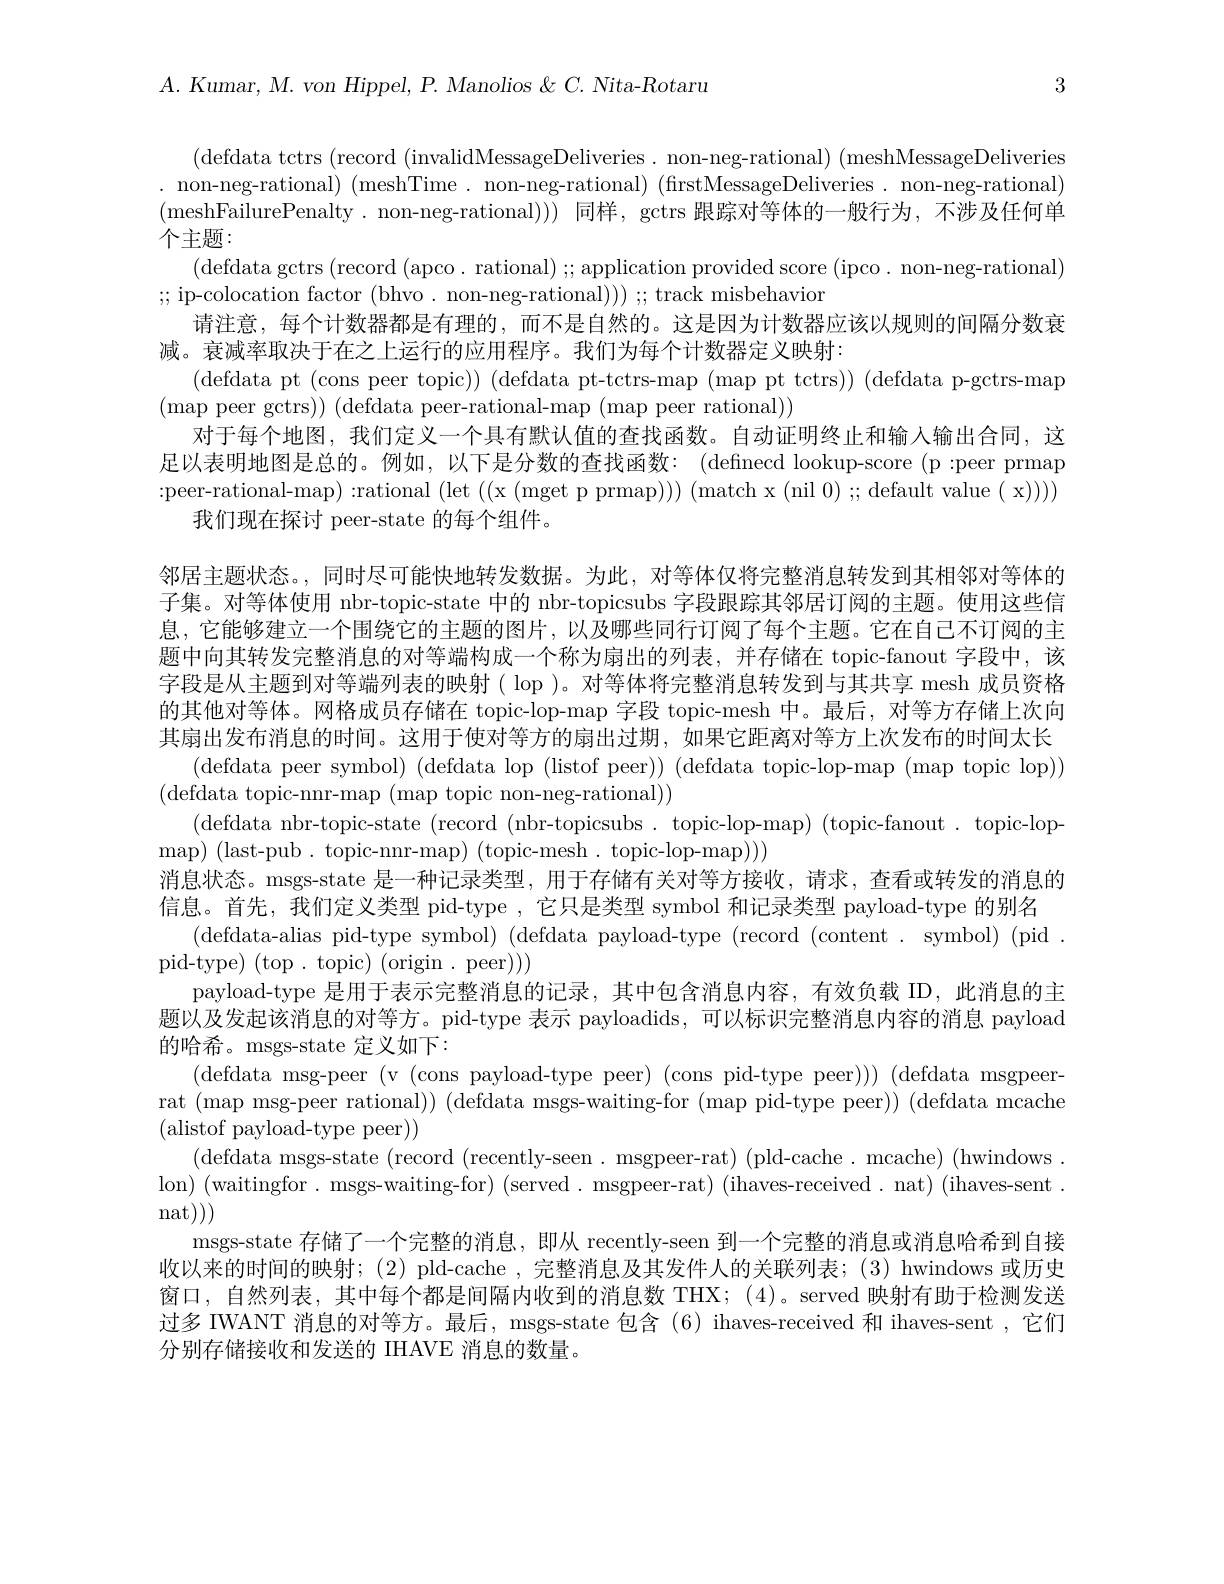
3

$A.$ $Kumar$, $M.$ von $Hippel$, $P.$ Manolios $\&$ $C.$ $Nita- Rotaru$

(defdata tctrs (record (invalidMessageDeliveries. non-neg-rational) (meshMessageDeliveries . non-neg-rational) (meshTime. non-neg-rational) (firstMessageDeliveries. non-neg-rational) (meshFailurePenalty.non-neg-rational))同样，gctrs 跟踪对等体的一般行为，不涉及任何单个主题：
(defdata gctrs (record (apco. rational) ;; application provided score (ipco. non-neg-rational)
;;ip-colocation factor (bhvo. non-neg-rational));;track misbehavion
请注意，每个计数器都是有理的，而不是自然的。这是因为计数器应该以规则的间隔分数衰
减。衰减率取决于在之上运行的应用程序。我们为每个计数器定义映射：
(defdata pt (cons peer topic)) (defdata pt-tctrs-map (map pt tctrs)) (defdata p-gctrs-map)
(map peer gctrs)) (defdata peer-rational-map (map peer rational))
对于每个地图，我们定义一个具有默认值的查找函数。自动证明终止和输入输出合同，这足以表明地图是总的。例如，以下是分数的查找函数：(definecd lookup-score (p:peer prmap :peer-rational-map):rational$\left(\mathrm{let~((x~(mget~p~prmap)))~(match~x~(nil~0)~;~default~value~(~x))))}\right)$
我们现在探讨 peer-state 的每个组件。
邻居主题状态。,同时尽可能快地转发数据。为此，对等体仅将完整消息转发到其相邻对等体的子集。对等体使用 nbr-topic-state 中的 nbr-topicsubs 字段跟踪其邻居订阅的主题。使用这些信息，它能够建立一个围绕它的主题的图片，以及哪些同行订阅了每个主题。它在自己不订阅的主题中向其转发完整消息的对等端构成一个称为扇出的列表，并存储在 topic-fanout 字段中，该字段是从主题到对等端列表的映射( lop )。对等体将完整消息转发到与其共享 mesh 成员资格的其他对等体。网格成员存储在 topic-lop-map 字段 topic-mesh 中。最后，对等方存储上次向其扇出发布消息的时间。这用于使对等方的扇出过期，如果它距离对等方上次发布的时间太长
(defdata peer symbol) (defdata lop (listof peer)) (defdata topic-lop-map (map topic lop))
(defdata topic-nnr-map(map topic non-neg-rational))
(defdata nbr-topic-state (record (nbr-topicsubs. topic-lop-map) (topic-fanout. topic-lop-
$\operatorname*{map})~(\operatorname*{last-pub.~topic-nnr-map})~($topic-mesh. topic-lop-map)))
消息状态。msgs-state 是一种记录类型，用于存储有关对等方接收，请求，查看或转发的消息的
信息。首先，我们定义类型 pid-type , 它只是类型 symbol 和记录类型 payload-type 的别名
(defdata-alias pid-type symbol) (defdata payload-type (record (content. symbol) (pid~.
pid-type)(top.topic)(origin.peer)))
payload-type 是用于表示完整消息的记录，其中包含消息内容，有效负载 ID,此消息的主题以及发起该消息的对等方。pid-type 表示 payloadids, 可以标识完整消息内容的消息 payload 的哈希。msgs-state 定义如下：
(defdata msg-peer(v(cons payload-type peer)(cons pid-type peer)))(defdata msgpeerrat (map msg-peer rational)) (defdata msgs-waiting-for (map pid-type peer)) (defdata mcache (alistof payload-type peer))
(defdata msgs-state (record (recently-seen. msgpeer-rat) (pld-cache. mcache) (hwindows lon) (waitingfor. msgs-waiting-for) (served. msgpeer-rat) (ihaves-received. nat) (ihaves-sent nat(
msgs-state 存储了一个完整的消息，即从 recently-seen 到一个完整的消息或消息哈希到自接收以来的时间的映射；(2) pld-cache ,完整消息及其发件人的关联列表；(3) hwindows 或历史窗口，自然列表，其中每个都是间隔内收到的消息数 THX; (4)。served 映射有助于检测发送过多 IWANT 消息的对等方。最后，msgs-state 包含(6) ihaves-received 和 ihaves-sent ,它们分别存储接收和发送的 IHAVE 消息的数量。